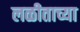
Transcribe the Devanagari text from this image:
लळीताच्या